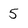
Character: 5